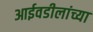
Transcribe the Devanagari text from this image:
आईवडीलांच्या